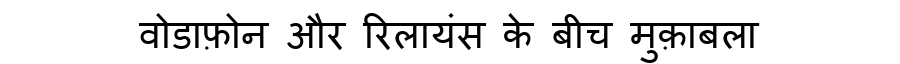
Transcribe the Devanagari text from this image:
वोडाफ़ोन और रिलायंस के बीच मुक़ाबला